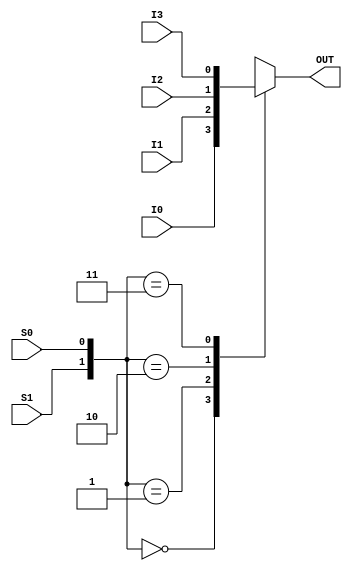
module MUX4_to_1 (
	output reg OUT,
	input  wire I0, I1, I2, I3,
	input  wire S1, S0
);

 always @ (S1 or S0 or I0 or I1 or I2 or I3)
	case ({S1, S0})
	 2'd0: OUT=I0;
	 2'd1: OUT=I1;
	 2'd2: OUT=I2;
	 2'd3: OUT=I3;
	 default : $display("Invalid control signals");
	endcase

endmodule